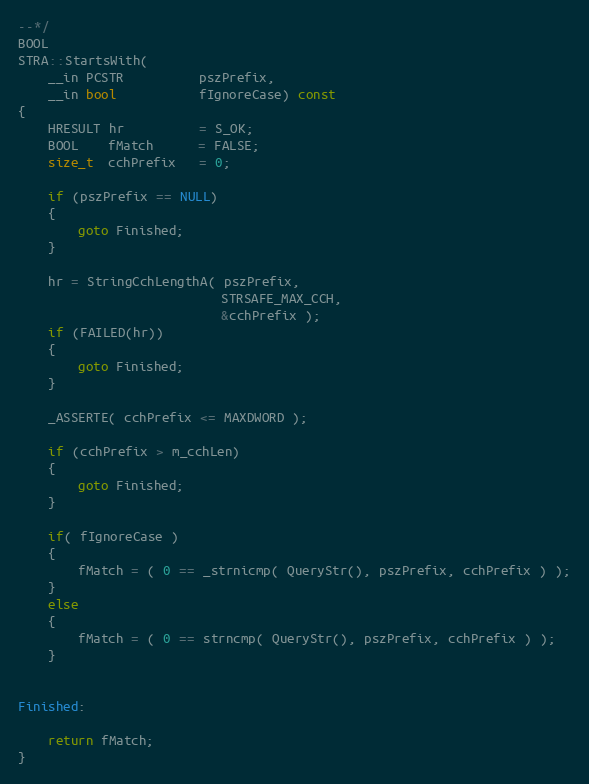
Language: C++
--*/
BOOL
STRA::StartsWith(
    __in PCSTR          pszPrefix,
    __in bool           fIgnoreCase) const
{
    HRESULT hr          = S_OK;
    BOOL    fMatch      = FALSE;
    size_t  cchPrefix   = 0;

    if (pszPrefix == NULL)
    {
        goto Finished;
    }

    hr = StringCchLengthA( pszPrefix,
                           STRSAFE_MAX_CCH,
                           &cchPrefix );
    if (FAILED(hr))
    {
        goto Finished;
    }

    _ASSERTE( cchPrefix <= MAXDWORD );

    if (cchPrefix > m_cchLen)
    {
        goto Finished;
    }

    if( fIgnoreCase )
    {
        fMatch = ( 0 == _strnicmp( QueryStr(), pszPrefix, cchPrefix ) );
    }
    else
    {
        fMatch = ( 0 == strncmp( QueryStr(), pszPrefix, cchPrefix ) );
    }

Finished:

    return fMatch;
}